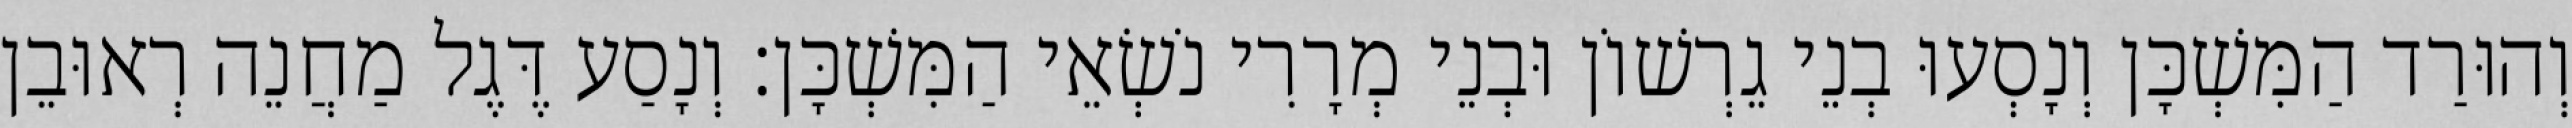
וְהוּרַד הַמִּשְׁכָּן וְנָסְעוּ בְנֵי גֵרְשׁוֹן וּבְנֵי מְרָרִי נֹשְׂאֵי הַמִּשְׁכָּן׃ וְנָסַע דֶּגֶל מַחֲנֵה רְאוּבֵן